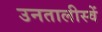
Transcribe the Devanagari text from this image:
उनतालीस्वें